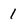
Character: 1